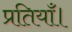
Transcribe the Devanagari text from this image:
प्रतियाँ।